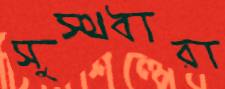
সুস্থধারা